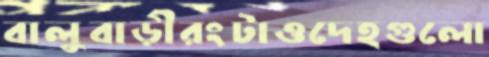
বালুবাড়ীরংটাওদেহগুলো